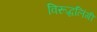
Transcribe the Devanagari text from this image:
विरूद्धलिंगी